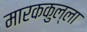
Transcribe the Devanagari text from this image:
मारककुल्ला